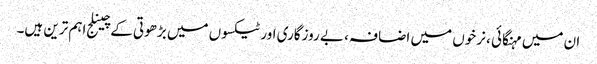
ان میں مہنگائی ، نرخوں میں اضافہ ، بے روزگاری اور ٹیکسوں میں بڑھوتی کے چینلج اہم ترین ہیں۔